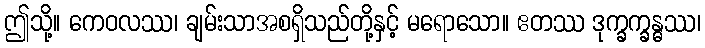
ဤသို့။ ကေဝလဿ၊ ချမ်းသာအစရှိသည်တို့နှင့် မရောသော။ ဧတဿ ဒုက္ခက္ခန္ဓဿ၊